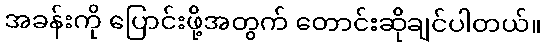
အခန်းကို ပြောင်းဖို့အတွက် တောင်းဆိုချင်ပါတယ်။